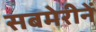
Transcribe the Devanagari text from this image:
सबमेरीनें